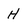
Character: H